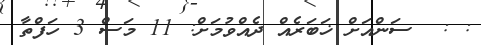
: :  ސަންއަށް ޚަބަރެއް ދެއްވުމަށް: 11 މަސް 3 ހަފްތާ